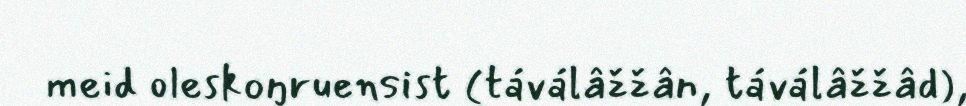
meid oleskoŋruensist (táválâžžân, táválâžžâd),